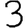
Digit: 3